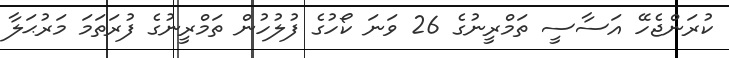
ކުރަންޖެހޭ އަސާސީ ތަމްރީނުގެ 26 ވަނަ ކޯހުގެ ފުލުހުން ތަމްރީނުގެ ފުރަތަމަ މަރުޙަލާ